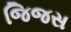
જિજસ